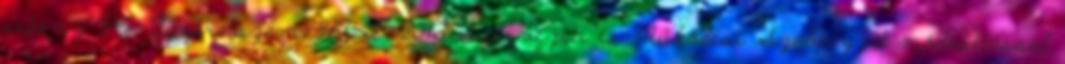
sétány 5-7. Ügyiratszám: 467-I 2013 Szervezeti és Működési Szabályzat módosítással